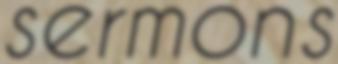
sermons